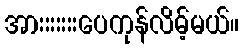
အားးးးးးးပေကုန်လိမ့်မယ်။